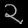
Digit: ၃